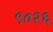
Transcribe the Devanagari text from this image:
९०२६